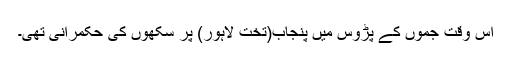
اُس وقت جموں کے پڑوس میں پنجاب(تخت لاہور) پر سکھوں کی حکمرانی تھی۔